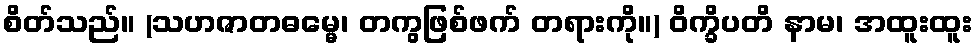
စိတ်သည်။ (သဟဇာတဓမ္မေ၊ တကွဖြစ်ဖက် တရားကို။) ဝိက္ခိပတိ နာမ၊ အထူးထူး